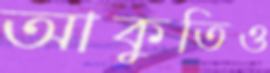
আকুতিও